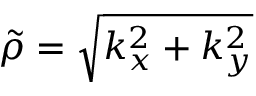
\tilde { \rho } = \sqrt { k _ { x } ^ { 2 } + k _ { y } ^ { 2 } }